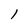
Character: 1